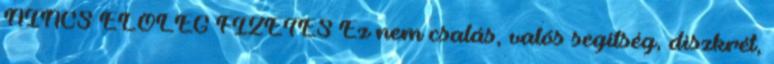
NINCS ELŐLEG FIZETÉS Ez nem csalás, valós segítség, diszkrét,